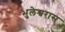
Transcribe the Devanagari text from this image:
भुलेश्वरास